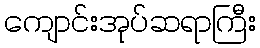
ကျောင်းအုပ်ဆရာကြီး